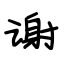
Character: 谢